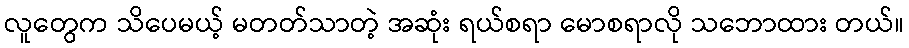
လူတွေက သိပေမယ့် မတတ်သာတဲ့ အဆုံး ရယ်စရာ မောစရာလို သဘောထား တယ်။